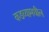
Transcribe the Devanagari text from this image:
कडव्यामधील